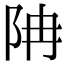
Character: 𨸱